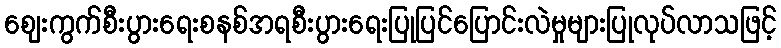
ဈေးကွက်စီးပွားရေးစနစ်အရစီးပွားရေးပြုပြင်ပြောင်းလဲမှုများပြုလုပ်လာသဖြင့်